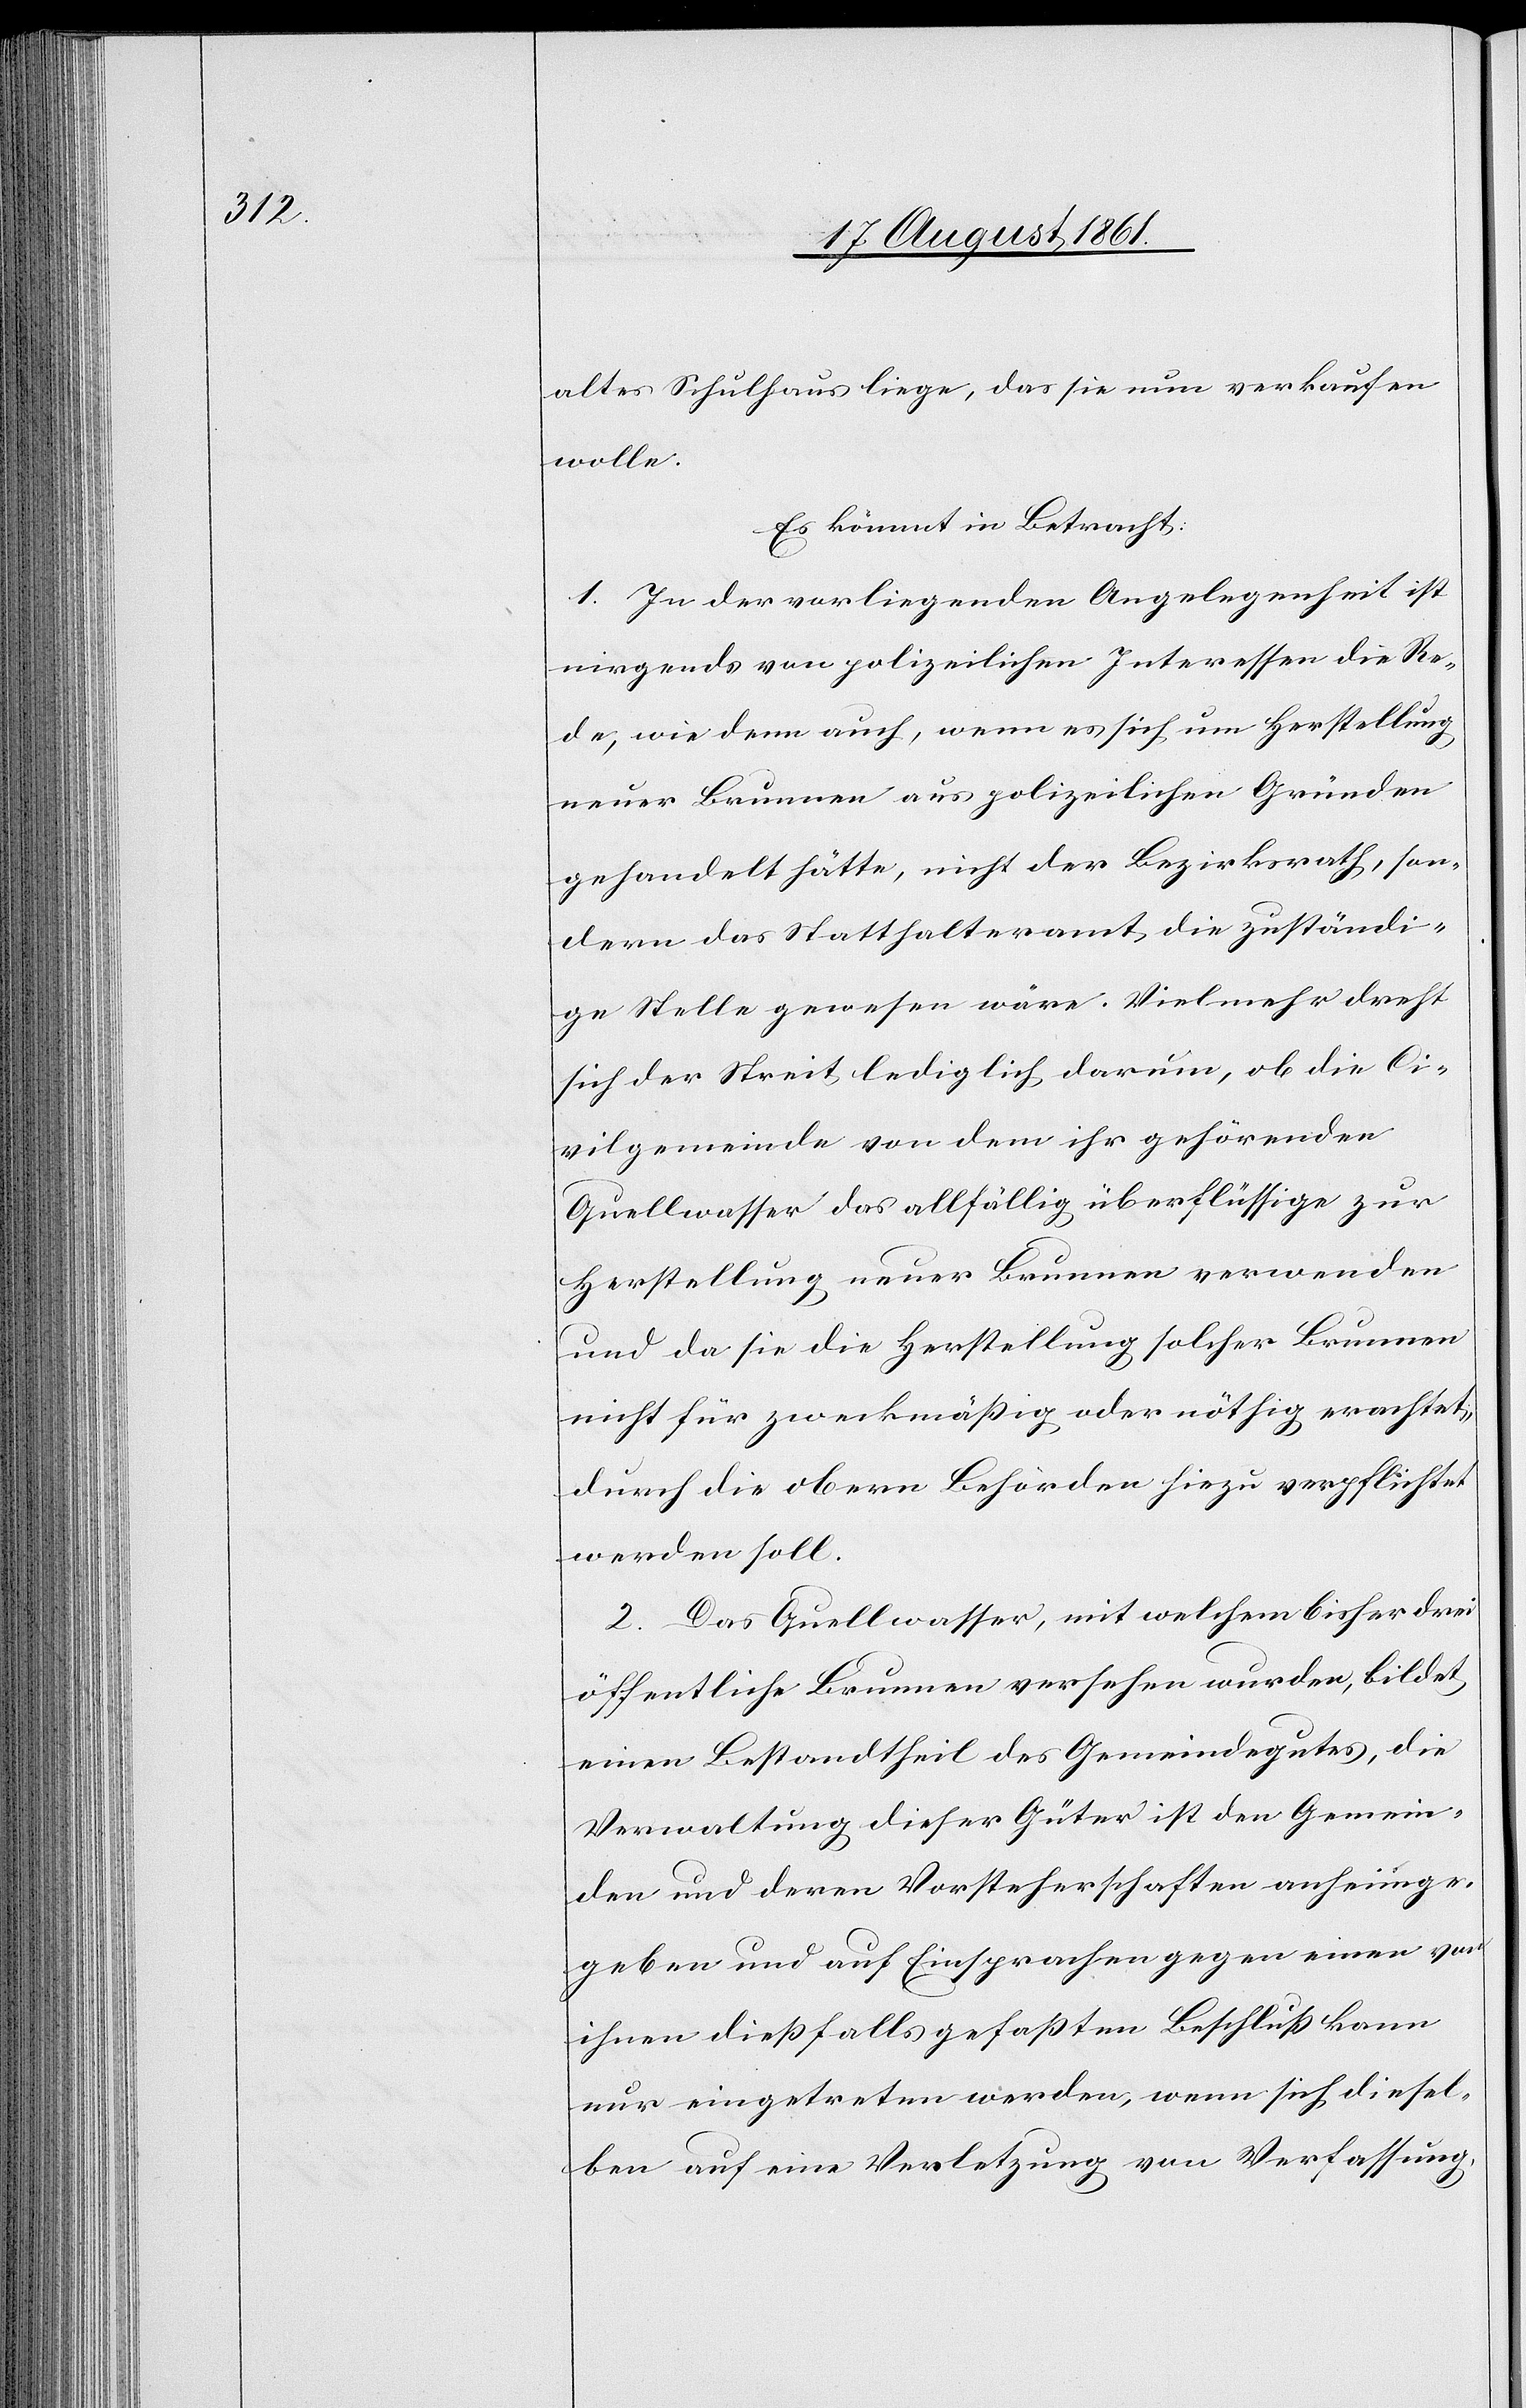
altes Schulhaus liege, das sie nun verkaufen
wolle.
Es kömmt in Betracht:
1. In der vorliegenden Angelegenheit ist
nirgends von polizeilichen Interessen die Re¬
de, wie denn auch, wenn es sich um Herstellung
neuer Brunnen aus polizeilichen Gründen
gehandelt hätte, nicht der Bezirksrath, son¬
dern das Statthalteramt die zuständi¬
ge Stelle gewesen wäre. Vielmehr dreht
sich der Streit lediglich darum, ob die Ci¬
vilgemeinde von dem ihr gehörenden
Quellwasser das allfällig überflüssige zur
Herstellung neuer Brunnen verwenden
und da sie die Herstellung solcher Brunnen
nicht für Zweckmäßig oder nöthig erachtet,
durch die obern Behörden hiezu verpflichtet
werden soll.
2. Das Quellwasser, mit welchem bisher drei
öffentliche Brunnen versehen wurden, bildet
einen Bestandtheil des Gemeindgutes, die
Verwaltung dieser Güter ist den Gemein¬
den und deren Vorsteherschaften anheimge¬
geben und auf Einsprachen gegen einen von
ihnen dießfalls gefaßten Beschluß kann
nur eingetreten werden, wenn sich diesel¬
ben auf eine Verletzung von Verfassung,